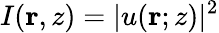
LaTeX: I(\mathbf{r},z)=|u(\mathbf{r};z)|^{2}